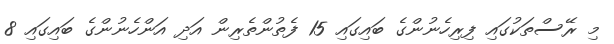
މި ރޭސްތަކުގައި ފިރިހެނުންގެ ބައިގައި 15 ފެތުންތެރިން އަދި އަންހެނުންގެ ބައިގައި 8